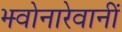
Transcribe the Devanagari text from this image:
झ्वोनारेवानीं